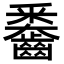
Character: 𪙖